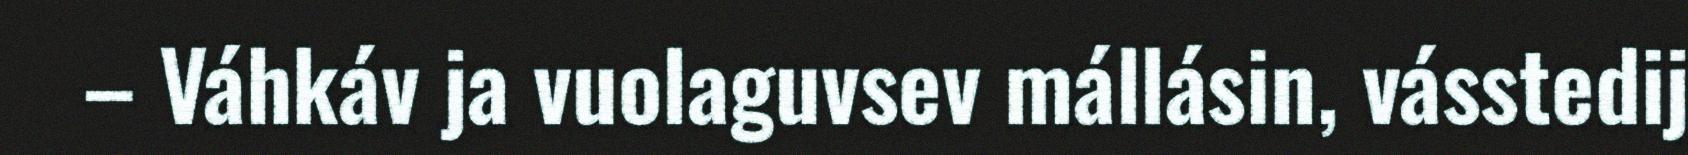
– Váhkáv ja vuolaguvsev mállásin, vásstedij